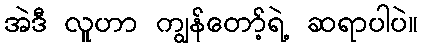
အဲဒီ လူဟာ ကျွန်တော့်ရဲ့ ဆရာပါပဲ။